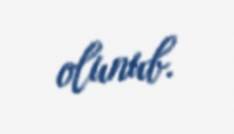
olunub.